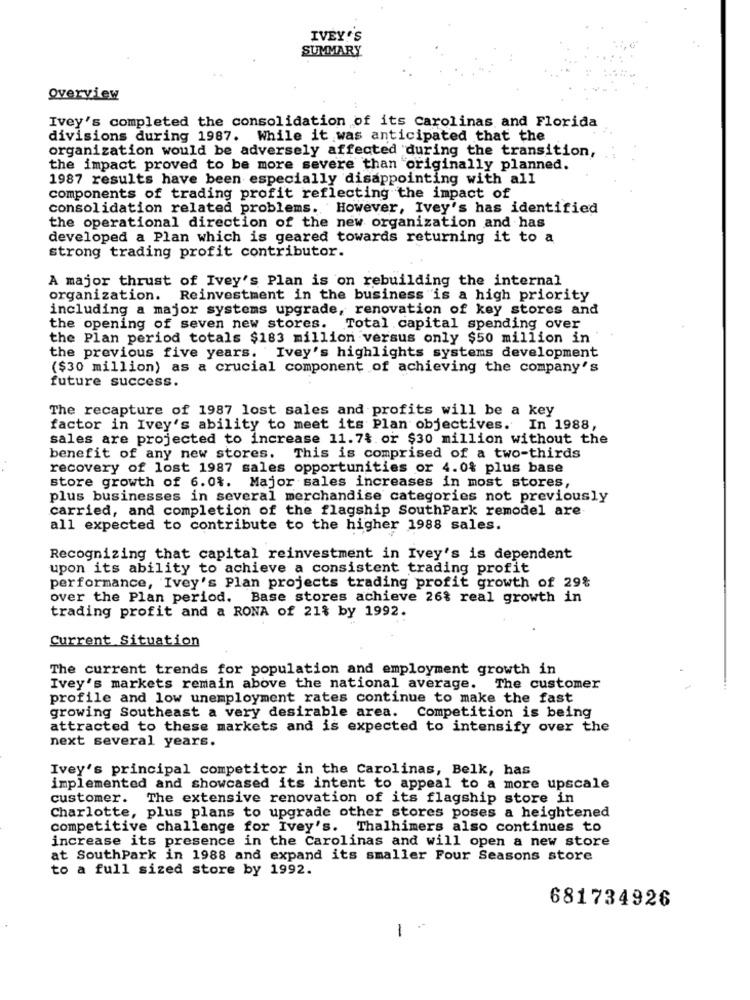
IVEY'S
SUMMARY
Overview
Ivey's completed the consolidation of its carolinas and Florida
divisions during 1987. While it was anticipated that the
organization would be adversely affected during the transition,
the impact proved to be more severe than originally planned.
1987 results have been especially disappointing with all
components of trading profit reflecting the impact of
consolidation related problems. However, Ivey's has identified
the operational direction of the new organization and has
developed a Plan which is geared towards returning it to a
strong trading profit contributor.
A major thrust of Ivey's Plan is on rebuilding the internal
organization. Reinvestment in the business "is a high priority
including a major systems upgrade, renovation of key stores and
the opening of seven new stores. Total capital spending over
the Plan period totals $183 million versus only $50 million in
the previous five years. Ivey's highlights systems development
($30 million) as a crucial component of achieving the company's
future success.
The recapture of 1987 lost sales and profits will be a key
factor in Ivey's ability to meet its Plan objectives. In 1988,
sales are projected to increase 11.7% or $30 million without the
benefit of any new stores. This is comprised of a two-thirds
recovery of lost 1987 sales opportunities or 4.0% plus base
store growth of 6.0%. Major sales increases in most stores,
plus businesses in several merchandise categories not previously
carried, and completion of the flagship SouthPark remodel are
all expected to contribute to the higher 1988 sales.
Recognizing that capital reinvestment in Ivey's is dependent
upon its ability to achieve a consistent trading profit
performance, Ivey's Plan projects trading profit growth of 29%
over the Plan period. Base stores achieve 26% real growth in
trading profit and a RONA of 21% by 1992.
Current Situation
The current trends for population and employment growth in
Ivey's markets remain above the national average. The customer
profile and low unemployment rates continue to make the fast
growing Southeast a very desirable area. Competition is being
attracted to these markets and is expected to intensify over the
next several years.
Ivey's principal competitor in the Carolinas, Belk, has
implemented and showcased its intent to appeal to a more upscale
customer. The extensive renovation of its flagship store in
Charlotte, plus plans to upgrade other stores poses a heightened
competitive challenge for Ivey's. Thalhimers also continues to
increase its presence in the Carolinas and will open a new store
at SouthPark in 1988 and expand its smaller Four Seasons store
to a full sized store by 1992.
681734926
1